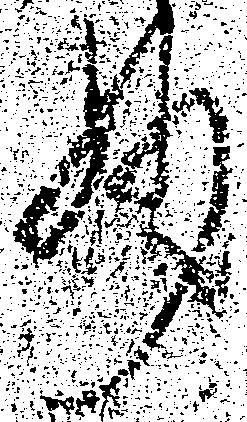
妙